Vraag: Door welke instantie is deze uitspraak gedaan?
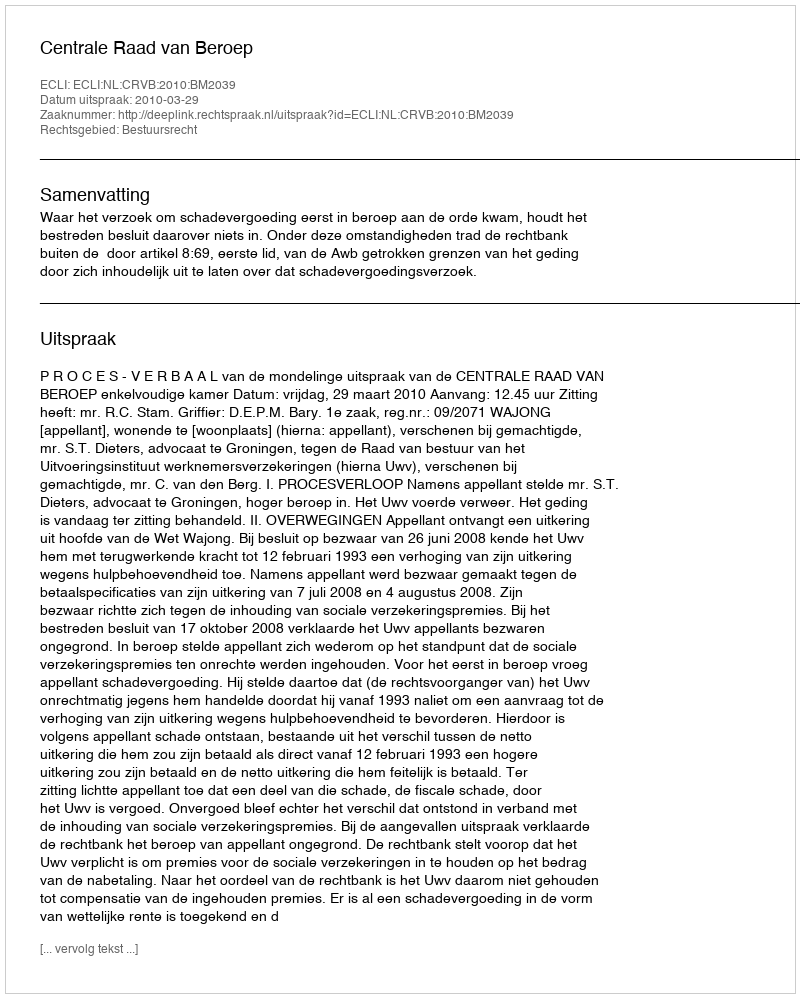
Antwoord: Centrale Raad van Beroep